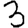
Digit: 3